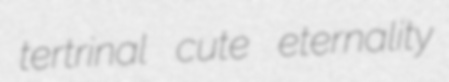
tertrinal cute eternality